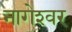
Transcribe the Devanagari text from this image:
नागेश्‍वर